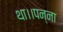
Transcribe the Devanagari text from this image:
था।।पन्ना